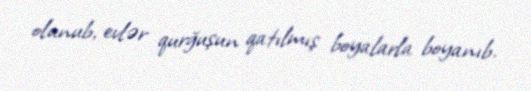
olunub, evlər qurğuşun qatılmış boyalarla boyanıb.